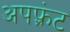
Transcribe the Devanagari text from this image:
अपफ़्रंट